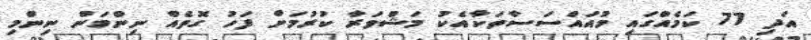
އަދި 77 ކަމެއްގައި މުއައްސަސާތަކާއެކު މަޝްވަރާ ކުރުމަށް ފަހު ގޮތެއް ނިންމަން ނިންމި